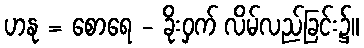
ဟနု = စောရေ - ခိုးဝှက် လိမ်လည်ခြင်း၌။